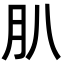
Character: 𦘩